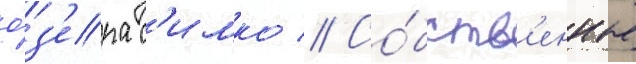
о́з'ера с'имко // Со́бств'енные